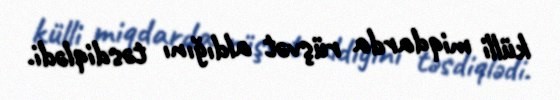
külli miqdarda rüşvət aldığını təsdiqlədi.